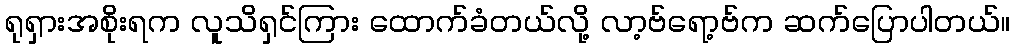
ရုရှားအစိုးရက လူသိရှင်ကြား ထောက်ခံတယ်လို့ လာ့ဗ်ရော့ဗ်က ဆက်ပြောပါတယ်။